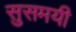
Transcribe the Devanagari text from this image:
सुसमयी